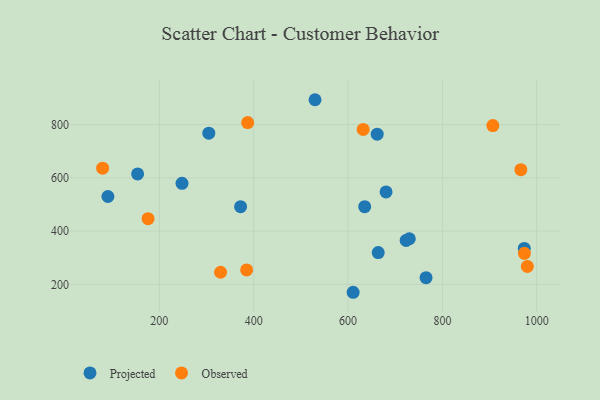
{"axis": {"x": "Experience", "y": "Rating"}, "legend": ["Observed", "Projected"], "data": [{"x": "90.9", "y": 529.9, "type": "Projected"}, {"x": "372.2", "y": 491.5, "type": "Projected"}, {"x": "973.6", "y": 335.0, "type": "Projected"}, {"x": "661.8", "y": 764.0, "type": "Projected"}, {"x": "723.2", "y": 364.8, "type": "Projected"}, {"x": "635.3", "y": 491.5, "type": "Projected"}, {"x": "729.9", "y": 371.1, "type": "Projected"}, {"x": "664.0", "y": 319.3, "type": "Projected"}, {"x": "153.9", "y": 614.8, "type": "Projected"}, {"x": "680.6", "y": 547.0, "type": "Projected"}, {"x": "610.8", "y": 170.1, "type": "Projected"}, {"x": "530.0", "y": 893.4, "type": "Projected"}, {"x": "765.4", "y": 224.9, "type": "Projected"}, {"x": "248.0", "y": 579.5, "type": "Projected"}, {"x": "304.8", "y": 767.6, "type": "Projected"}, {"x": "329.7", "y": 245.4, "type": "Observed"}, {"x": "385.0", "y": 254.1, "type": "Observed"}, {"x": "387.2", "y": 807.5, "type": "Observed"}, {"x": "632.1", "y": 781.9, "type": "Observed"}, {"x": "79.7", "y": 636.4, "type": "Observed"}, {"x": "973.9", "y": 316.6, "type": "Observed"}, {"x": "966.4", "y": 630.5, "type": "Observed"}, {"x": "980.2", "y": 267.3, "type": "Observed"}, {"x": "176.0", "y": 446.5, "type": "Observed"}, {"x": "907.0", "y": 796.4, "type": "Observed"}]}